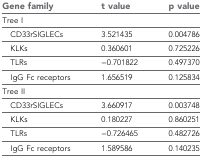
<table><thead><tr><td><b>Gene family</b></td><td><b>t value</b></td><td><b>p value</b></td></tr></thead><tbody><tr><td colspan="3">Tree I</td></tr><tr><td> CD33rSIGLECs</td><td>3.521435</td><td>0.004786</td></tr><tr><td> KLKs</td><td>0.360601</td><td>0.725226</td></tr><tr><td> TLRs</td><td>−0.701822</td><td>0.497370</td></tr><tr><td> IgG Fc receptors</td><td>1.656519</td><td>0.125834</td></tr><tr><td colspan="3">Tree II</td></tr><tr><td> CD33rSIGLECs</td><td>3.660917</td><td>0.003748</td></tr><tr><td> KLKs</td><td>0.180227</td><td>0.860251</td></tr><tr><td> TLRs</td><td>−0.726465</td><td>0.482726</td></tr><tr><td> IgG Fc receptors</td><td>1.589586</td><td>0.140235</td></tr></tbody></table>